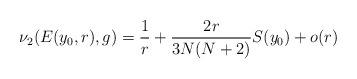
\begin{align*} \nu_2(E(y_0,r),g) =\frac{1}{r}+\frac{2r}{3N(N+2) }S(y_0)+o(r)\end{align*}